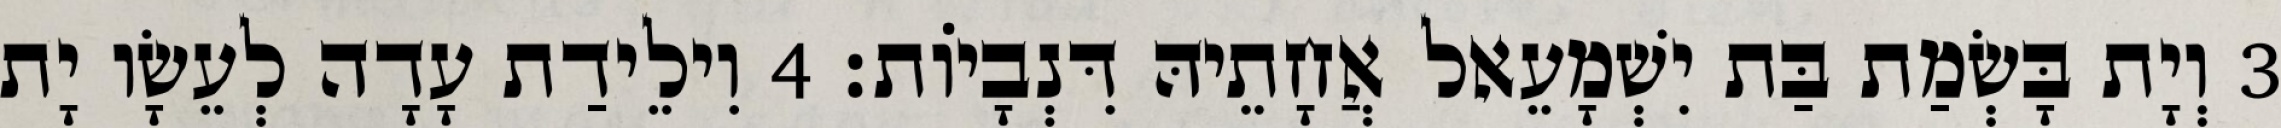
3 וְיָת בָּשְׂמַת בַּת יִשְׁמָעֵאל אֲחָתֵיהּ דִּנְבָיוֹת׃ 4 וִילֵידַת עָדָה לְעֵשָׂו יָת